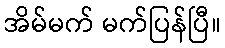
အိမ်မက် မက်ပြန်ပြီ။